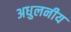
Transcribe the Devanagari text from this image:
अधुलनीय